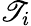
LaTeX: \mathscr{T}_{i}